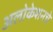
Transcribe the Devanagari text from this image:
अलोकेशनचे